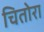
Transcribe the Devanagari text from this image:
चितोरा